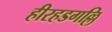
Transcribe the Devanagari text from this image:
हीरहडगल्लि